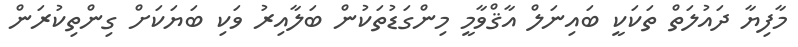
މާފިޔާ ދައުލަތް ތަކަކީ ބައިނަލް އާޤްވާމީ މިންގަޑުތަކުން ބަލާއިރު ވަކި ބަޔަކަށް ގިންތިކުރަން